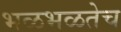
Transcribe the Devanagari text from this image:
भळभळतेच